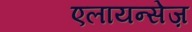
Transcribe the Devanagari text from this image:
एलायन्सेज़